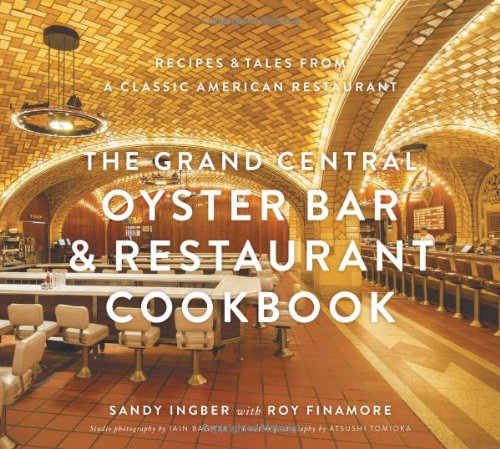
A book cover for Grand Central Oyster Bar and Restaurant Cookbook; Sandy Ingber; Cookbooks, Food & Wine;